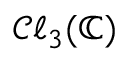
\mathcal { C } \ell _ { 3 } ( \mathbb { C } )